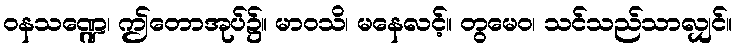
ဝနသဏ္ဍေ၊ ဤတောအုပ်၌။ မာဝသိ၊ မနေလင့်။ တွမေဝ၊ သင်သည်သာလျှင်။